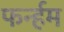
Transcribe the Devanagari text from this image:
फर्न्हम